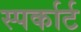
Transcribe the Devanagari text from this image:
स्पर्कार्ट